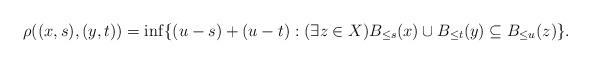
LaTeX: \begin{align*}\rho((x,s),(y,t)) = \inf\{(u-s)+(u-t) : (\exists z \in X) B_{\leq s}(x) \cup B_{\leq t}(y)\subseteq B_{\leq u}(z)\}.\end{align*}